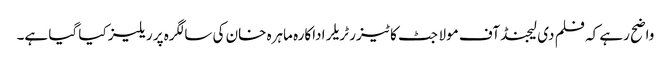
واضح رہے کہ فلم دی لیجنڈ آف مولا جٹ کا ٹیزر ٹریلر اداکارہ ماہرہ خان کی سالگرہ پر ریلیز کیا گیا ہے۔